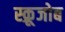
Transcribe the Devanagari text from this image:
स्क्रूजोब